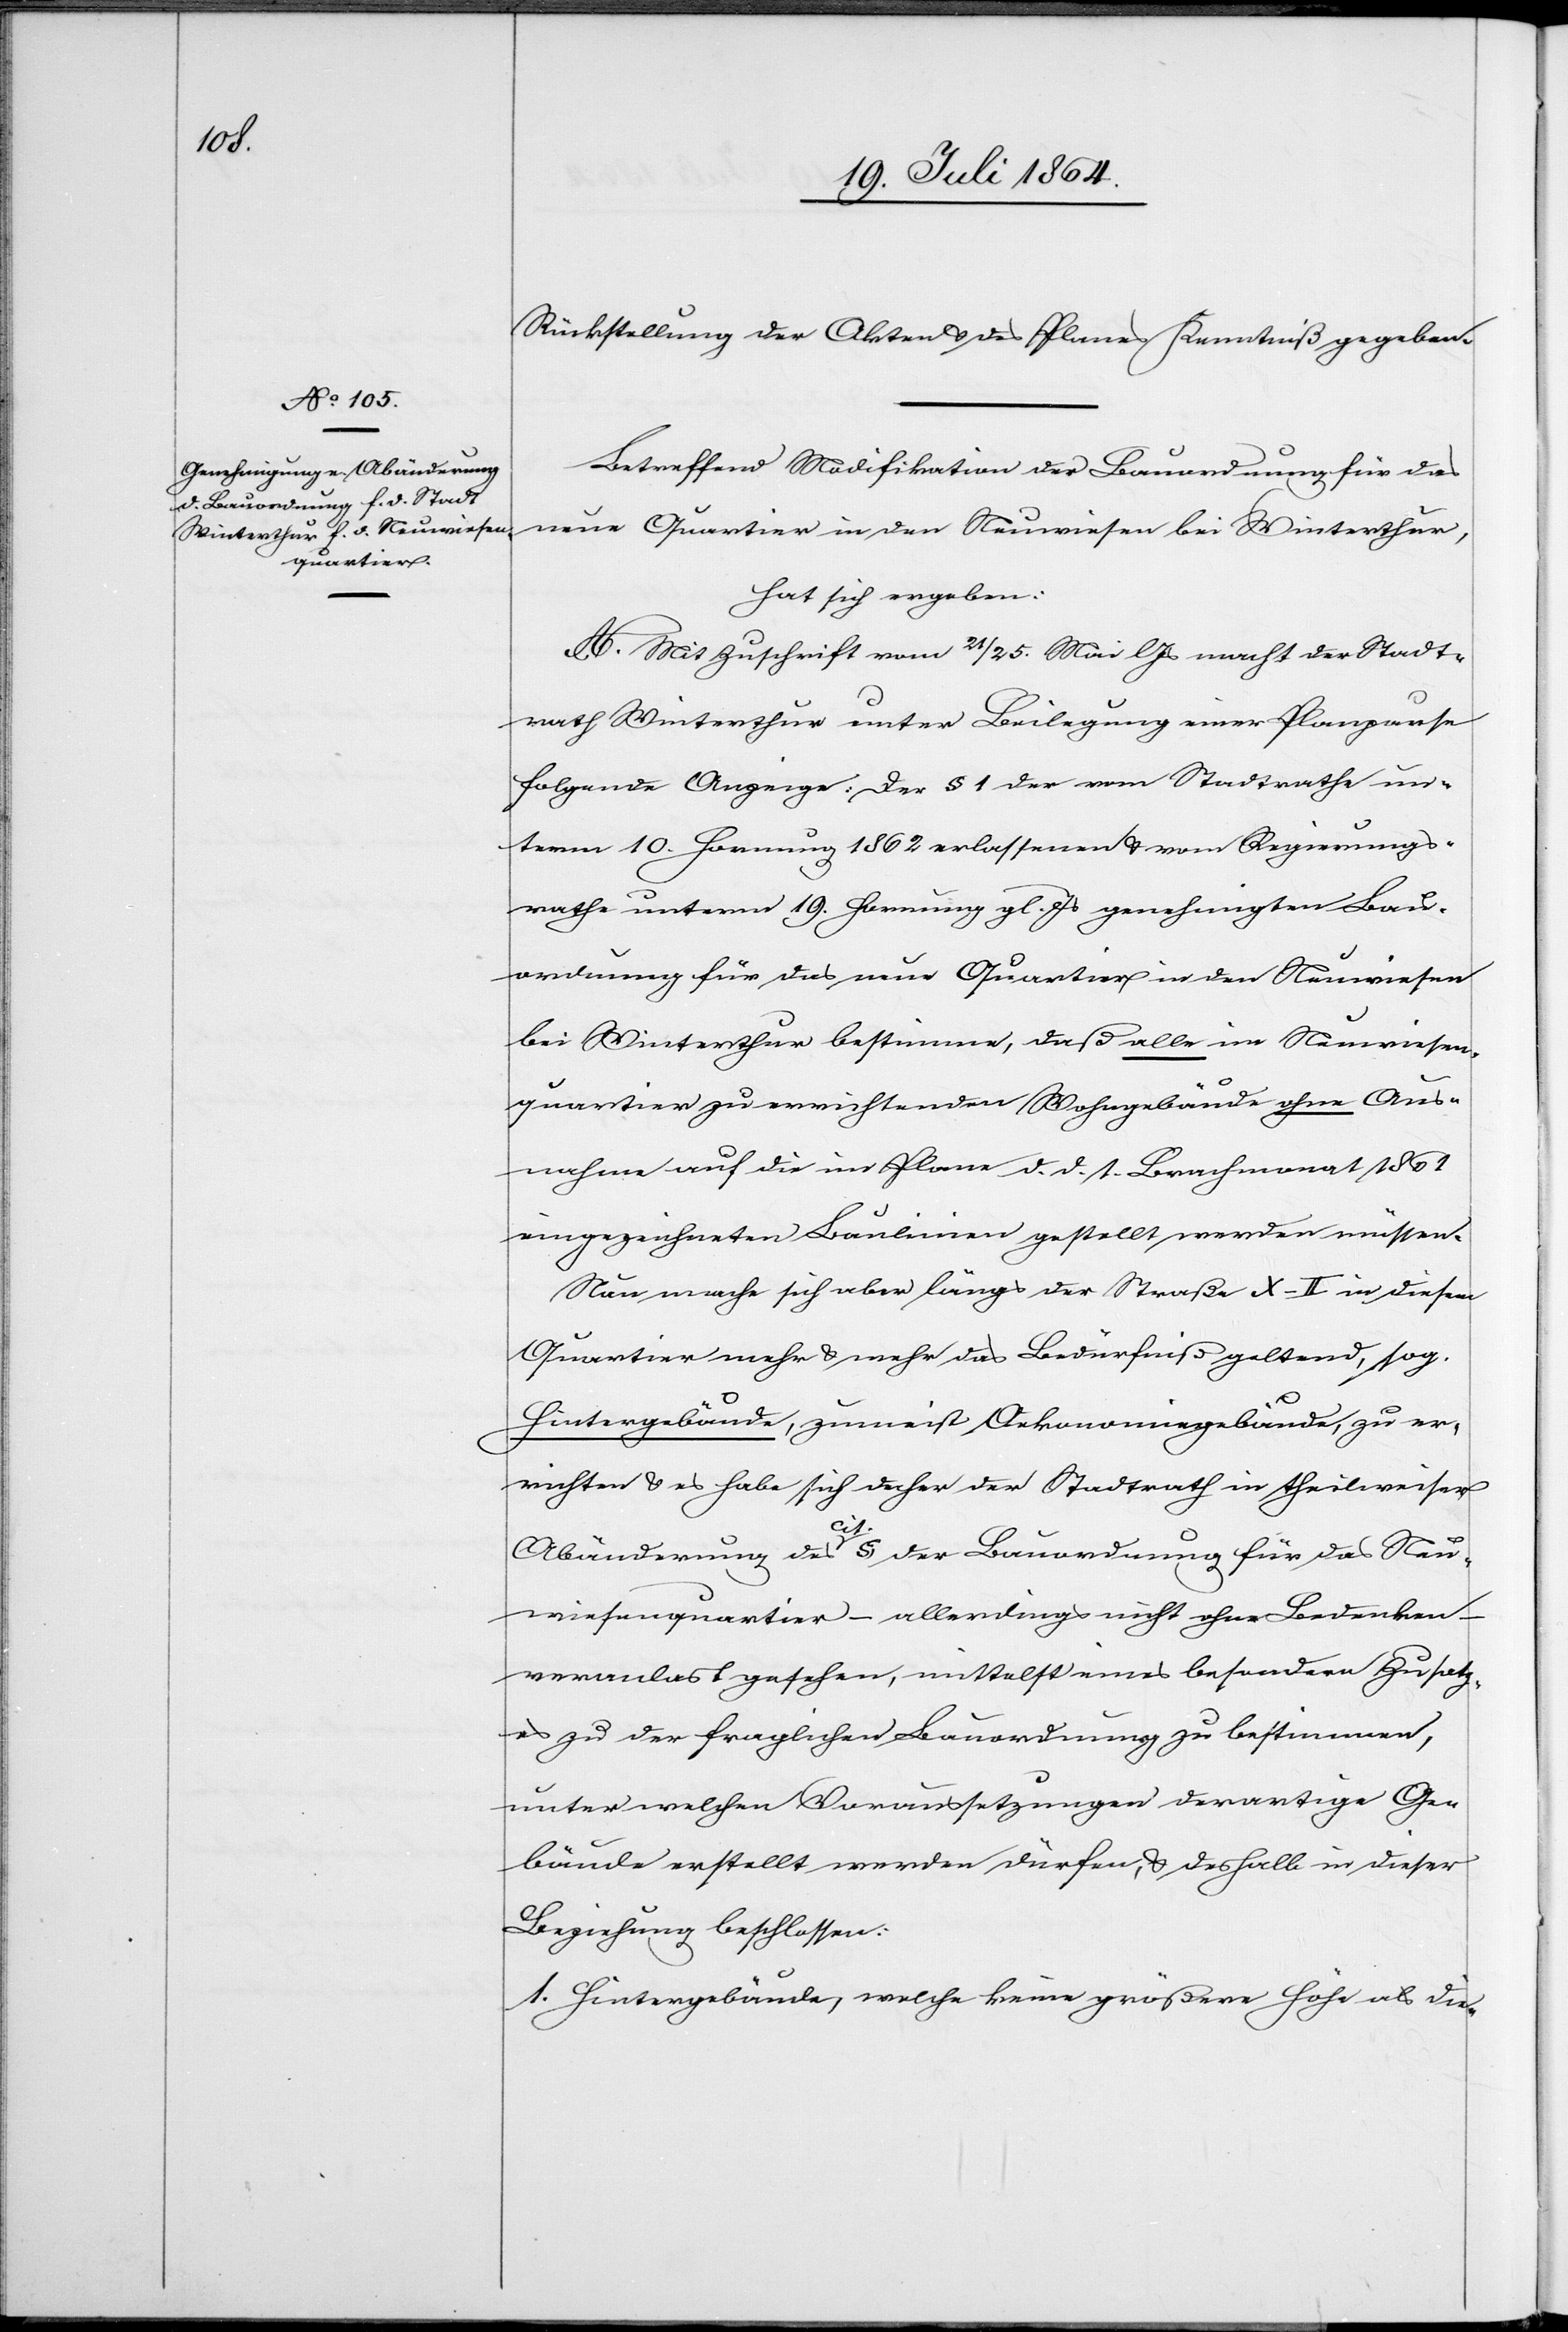
Rückstellung der Akten u. des Planes Kenntniß gegeben.
Betreffend Modifikation der Bauordnung für das
neue Quartier in den Neuwiesen bei Winterthur,
hat sich ergeben:
A. Mit Zuschrift vom 21./25. Mai l. Js. macht der Stadt¬
rath Winterthur unter Beilegung einer Planpause
folgende Anzeige: Der § 1 der vom Stadtrathe un¬
term 10. Hornung 1862 erlassenen u. vom Regierungs¬
rathe unterm 19. Hornung gl. Js. genehmigten Bau¬
ordnung für das neue Quartier in den Neuwiesen
bei Winterthur bestimme, daß alle im Neuwiesen¬
quartier zu errichtenden Wohngebäude ohne Aus¬
nahme auf die im Plane d. d. 1. Brachmonat 1861
eingezeichneten Baulinien gestellt werden müssen.
Nun mache sich aber längs der Straße X-II in diesem
Quartier mehr u. mehr das Bedürfniß geltend, sog.
Hintergebäude, zumeist Oekonomiegebäude, zu er¬
richten u. es habe sich daher der Stadtrath in theilweiser
Abänderung des cit. § der Bauordnung für das Neu¬
wiesenquartier – allerdings nicht ohne Bedenken –
veranlast [sic!] gesehen, mittelst eines besondern Zusatz¬
es zu der fraglichen Bauordnung zu bestimmen,
unter welchen Voraussetzungen derartige Ge¬
bäude erstellt werden dürfen, u. deshalb in dieser
Beziehung beschlossen:
1. Hintergebäude, welche keine größere Höhe als die-